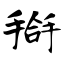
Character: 搿